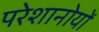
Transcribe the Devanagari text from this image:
परेशानोयों